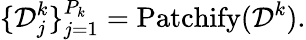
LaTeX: \{ \mathcal{D}_{j}^{k}\} _{j=1}^{P_{k}}=\operatorname{Patchify}(\mathcal{D}^{k}).